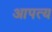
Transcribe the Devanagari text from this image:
आपत्य